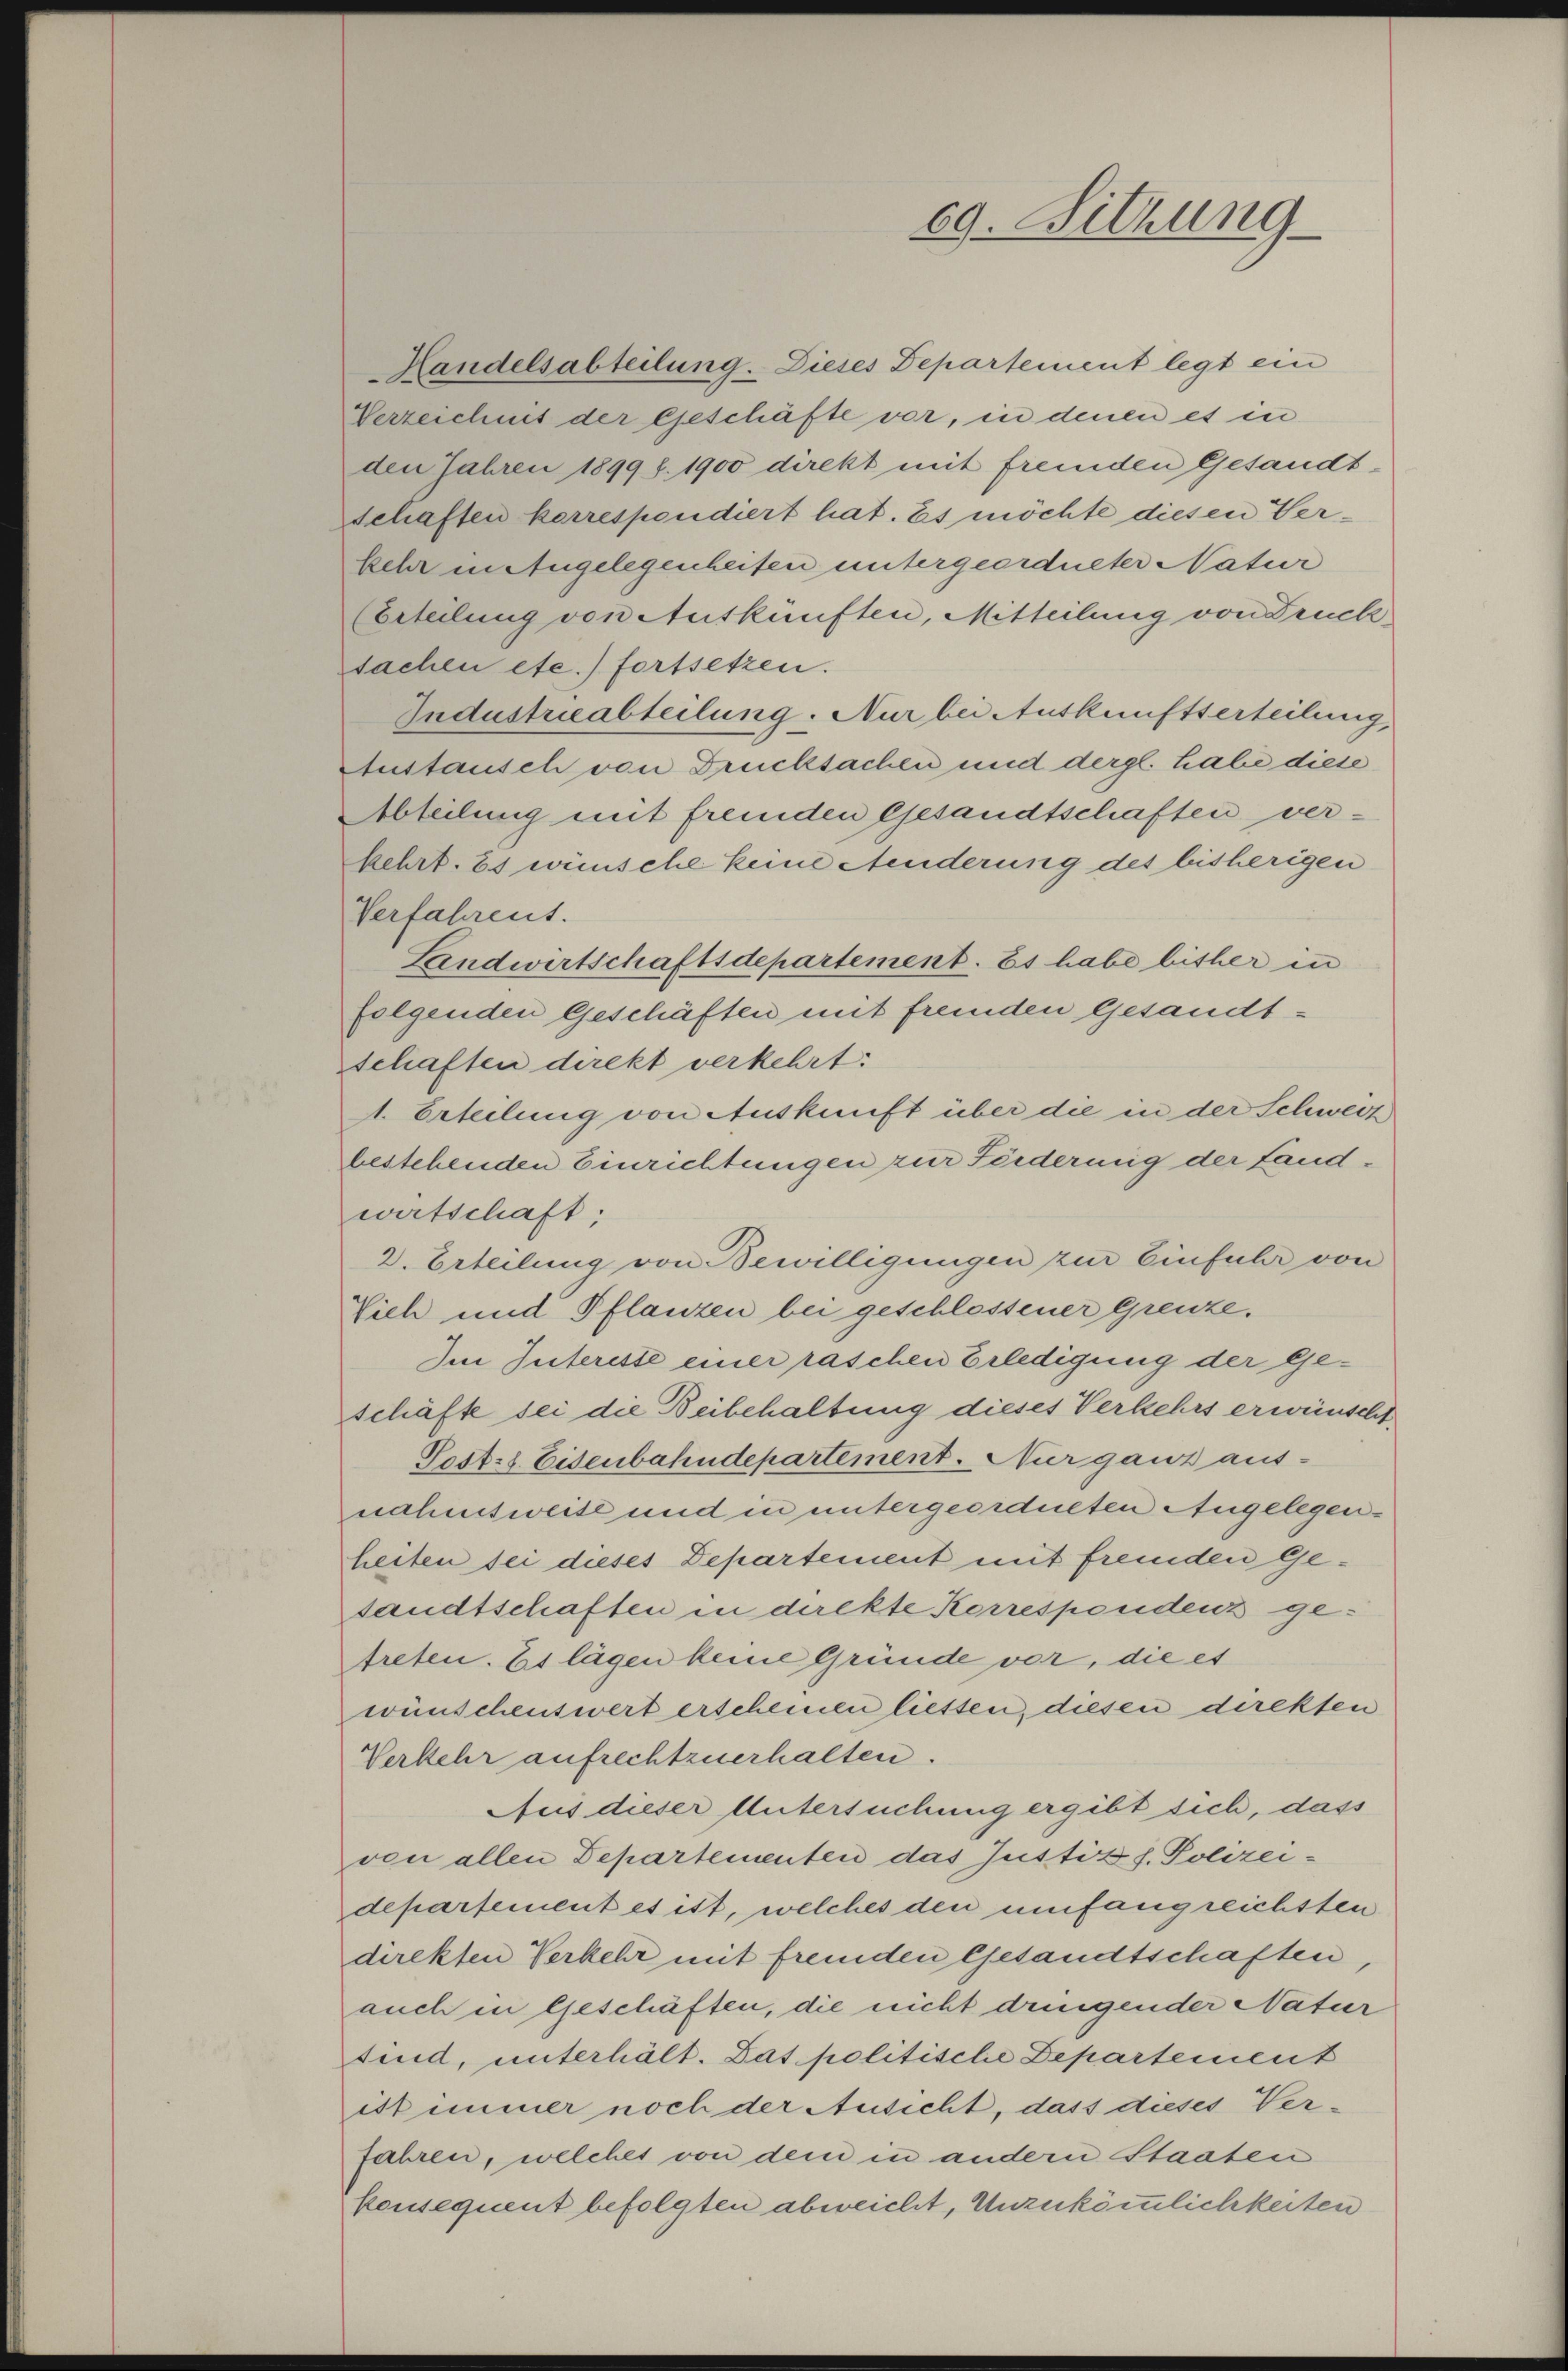
69. Sitzung

Handelsabteilung. Dieses Departement legt ein
Verzeichnis der Geschäfte vor, in denen es in
den Jahren 1899 f. 1900 direkt mit fremden Gesandtschaften korrespendiert hat. Es möchte diesen Verkehr in Angelegenheiten untergeordneter Natur
(Erteilung von Auskünften, Mitteilung von Druck,
sachen etc.) fortsetzen.
Industrieabteilung. Nur bei Auskunftserteilung,
Austausch von Drucksachen und dergl. habe diese
Abteilung mit fremden Gesandtschaften ver-
kehrt. Es wünsche keine Aenderung des bisherigen
Verfahrens.
Landwirtschaftsdepartement. Es habe bisher in
folgenden Geschäften mit fremden Gesandtschaften direkt verkehrt:
1. Erteilung von Auskunft über die in der Schweiz
bestehenden Einrichtungen zur Fiederung der Landwirtschaft:
2. Erteilung von Bewilligungen zur Einfuhr von
ich und Pflanzen bei geschlossener Grenze.
Im Interiste einer raschen Erledigung der Geschäfte sei die Beibehaltung dieses Verkehrs erwünscht,
Sest. Eisenbahndepartement. Nur ganz aus-
nahmsweise und in untergeordneten Angelegenheiten sei dieses Departement mit fremden Gesandtschaften in direkte Korrespondenz ge-
treten. Es lägen keine Gründe vor, die et
wünschenswert erscheinen liessen, diesen direkten
Verkehr aufrechtzuerhalten.
Aus dieser Untersuchung ergibt sich, dass
von allen Departementen das Justiz s. Polizei-
departement es ist, welches den umfangreichsten
direkten Verkehr mit fremden Gesandtschaften,
auch in Geschäften, die nicht dringender Natur
sind, unterhält. Das politische Departement
iskimmer noch der Ausicht, dass dieses Ver-
Jahren, welches von dem in andern Staaten
konsequent befolgten abweicht, Unzukömmlichkeiten